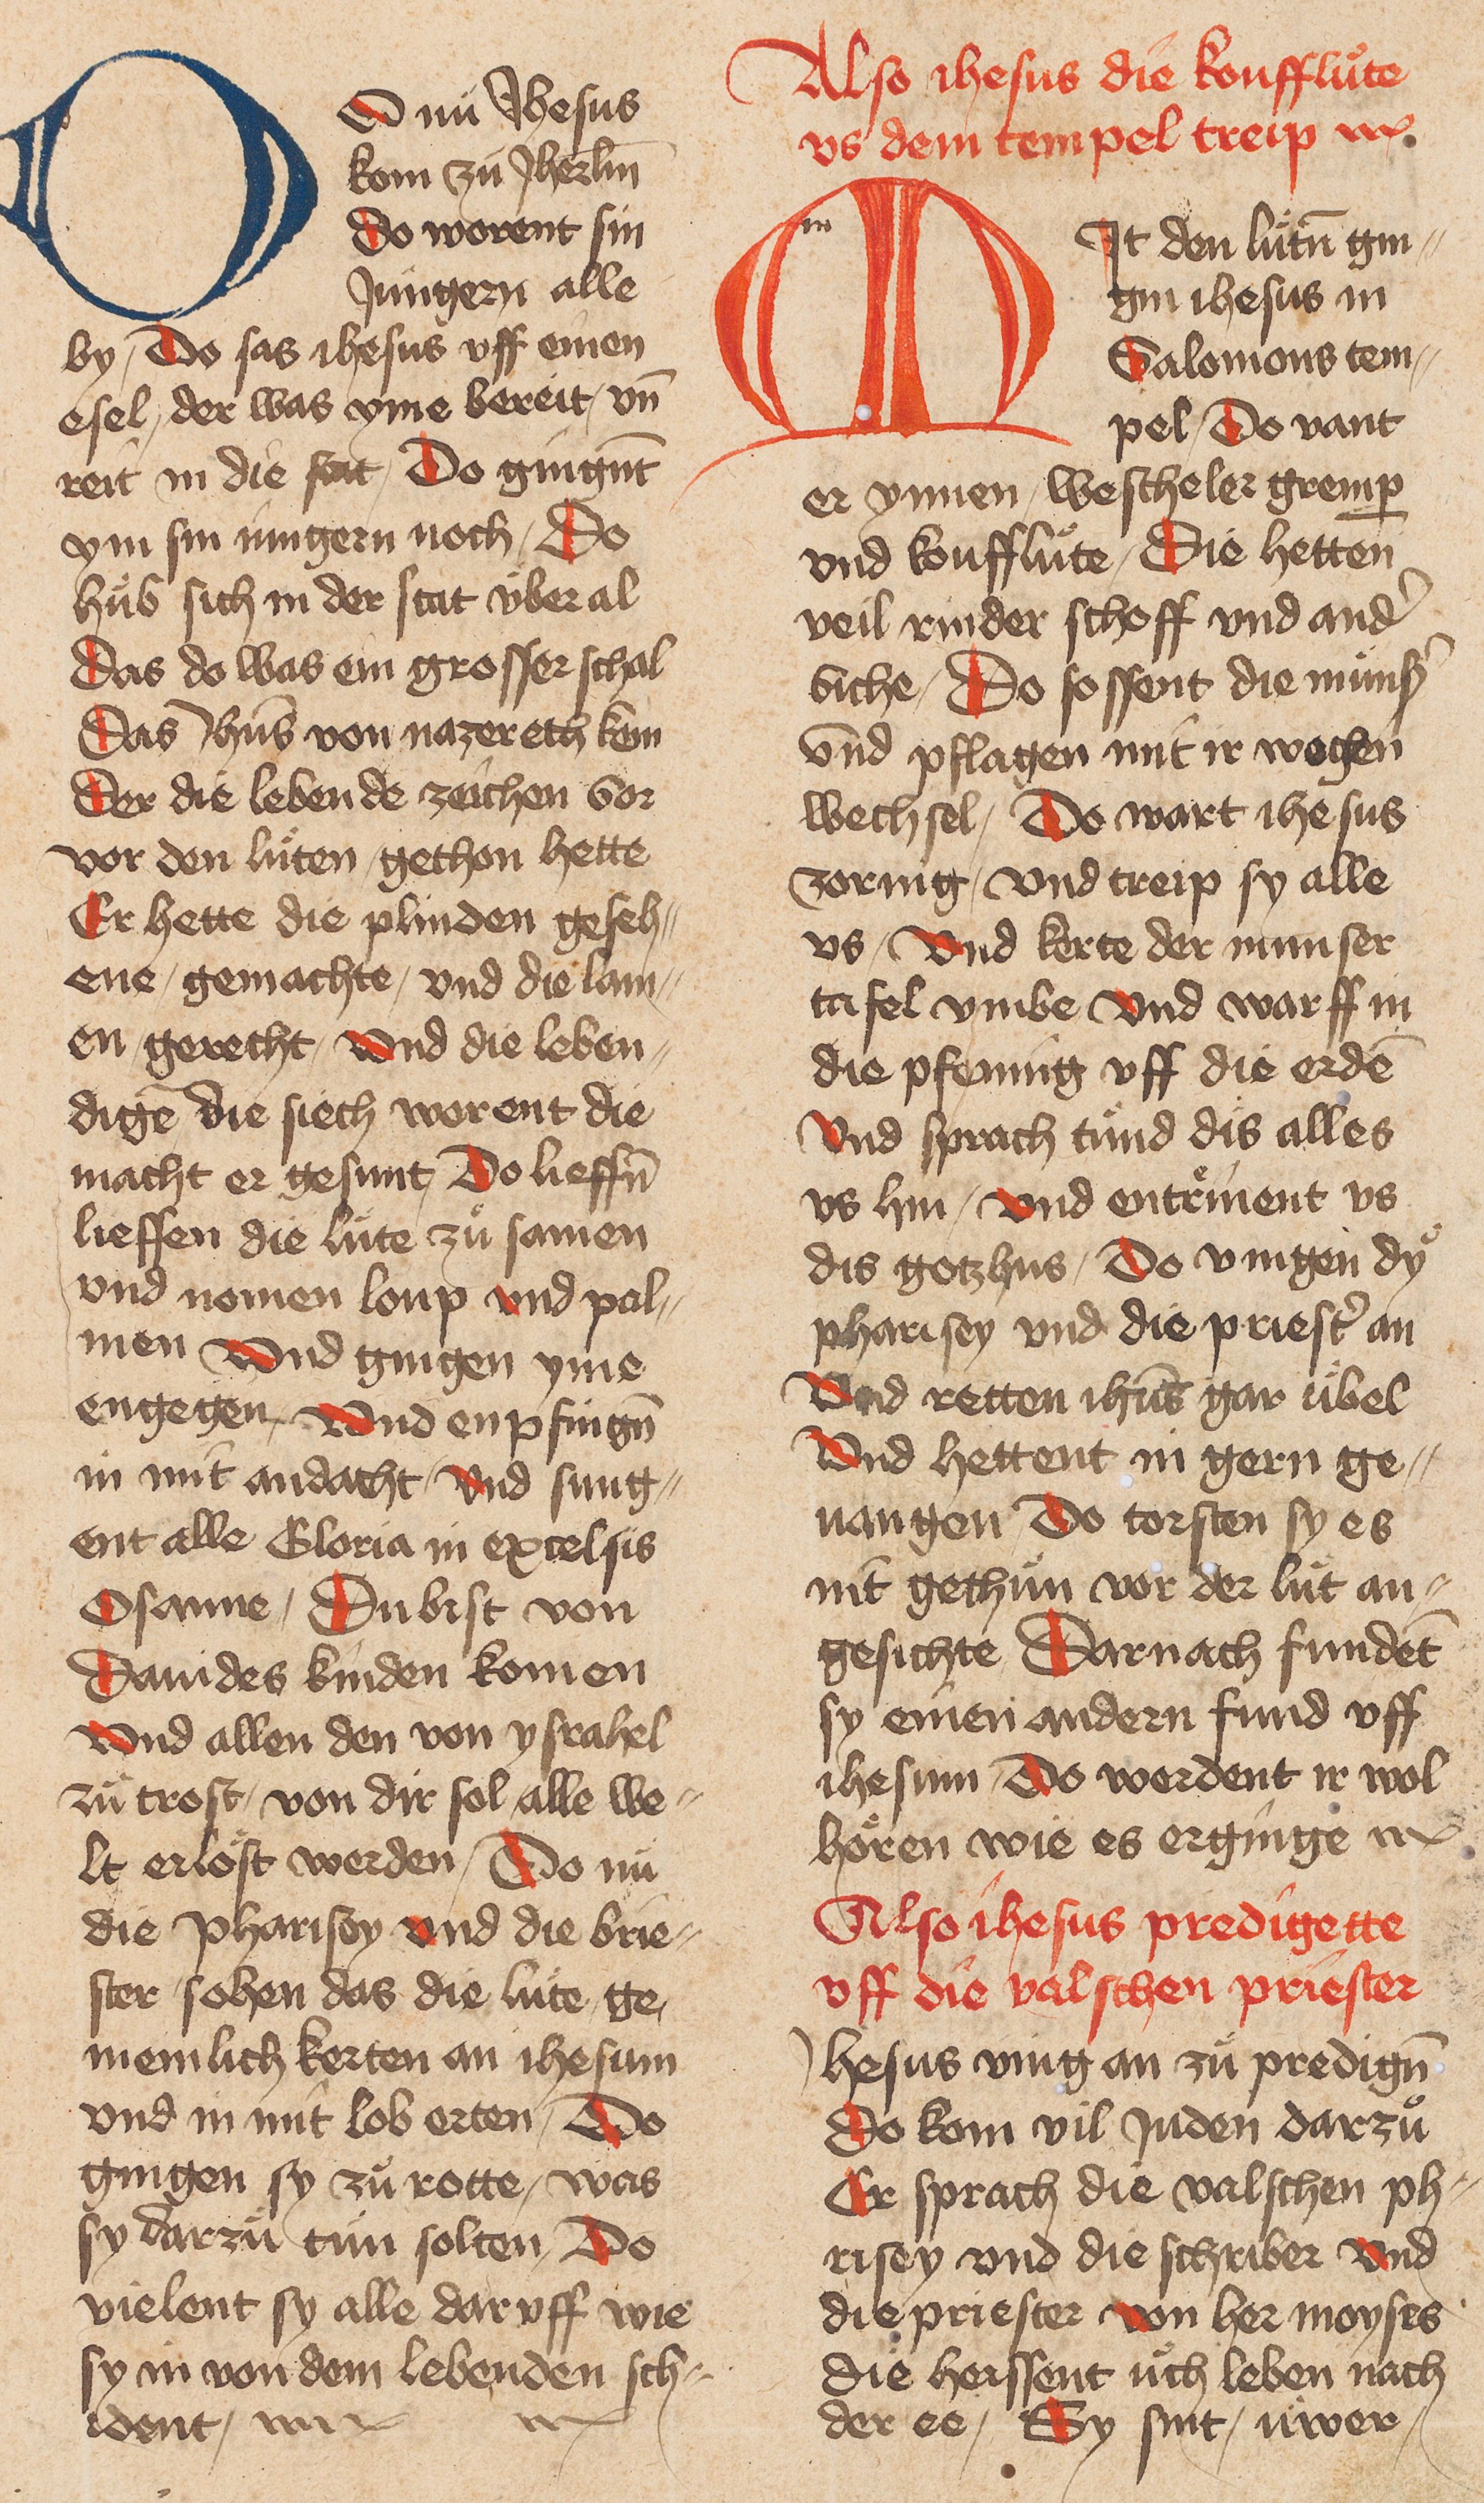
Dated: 1400–1499